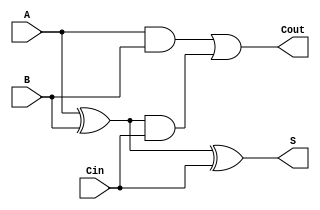
module full_adder (
    input wire A, 
    input wire B, 
    input wire Cin,
    output reg S,
    output reg Cout
);

reg sum1, sum2, carry1, carry2;

// First half adder
xor(sum1, A, B);
and(carry1, A, B);

// Second half adder
xor(sum2, sum1, Cin);
and(carry2, sum1, Cin);

// OR gate
assign S = sum2;
assign Cout = carry1 | carry2;

endmodule